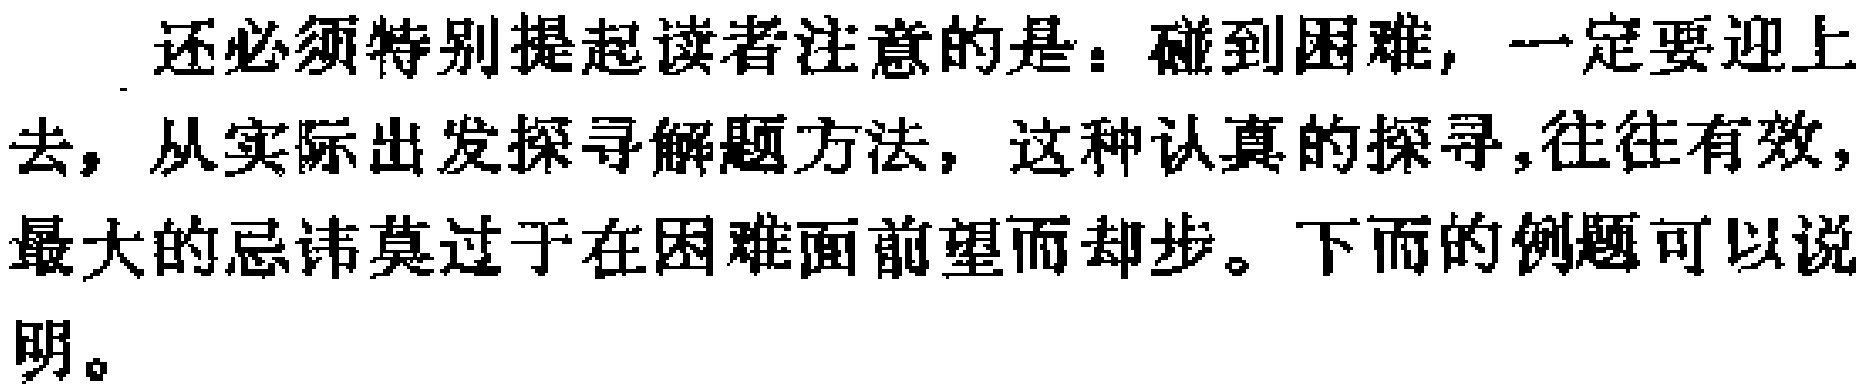
还必须特别提起读者注意的是：碰到困难，一定要迎上去，从实际出发探寻解题方法，这种认真的探寻，往往有效，最大的忌讳莫过于在困难面前望而却步。下而的例题可以说明。